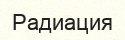
Радиация